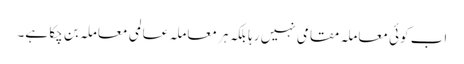
اب کوئی معاملہ مقامی نہیں رہا بلکہ ہر معاملہ عالمی معاملہ بن چکا ہے۔